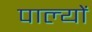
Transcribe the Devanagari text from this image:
पाल्यों